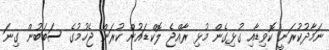
ނަމާދުކުރަނީ ކޮވިޑާއި ގުޅިގެން މުޅި ރާއްޖެ ލޮކްޑައުން ކުރަން ޖެހުމުގެ ސަބަބުން ގިނަ